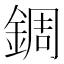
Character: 錭